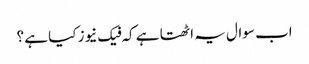
اب سوال یہ اٹھتا ہے کہ فیک نیوز کیا ہے ؟